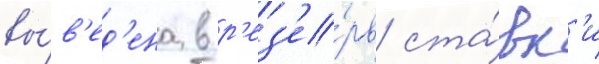
вы́в'ед'ена в р'ез'е́рв ста́вк'и